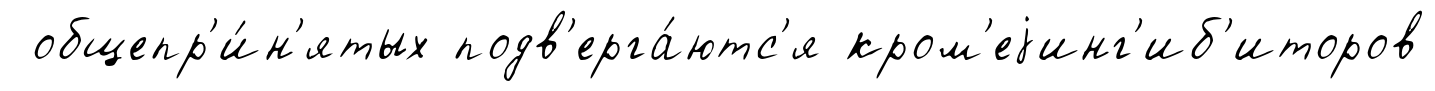
общепр'и́н'ятых подв'ерга́ютс'я кром'еjинг'иб'иторов